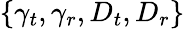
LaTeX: \{ \gamma_{t},\gamma_{r},D_{t},D_{r}\}